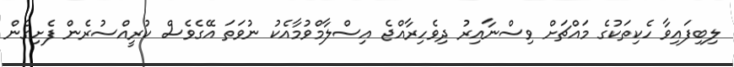
ލިބިފައިވާ ހެކިތަކުގެ މައްޗަށް ވިސްނާއިރު ދިވެހިރާއްޖެ އިސްލާމްވުމާއެކު ނުވަތަ އޭގެވެސް ކުރީއްސުރެން ފެށިގެން